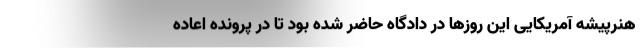
هنرپیشه آمریکایی این روزها در دادگاه حاضر شده بود تا در پرونده اعاده